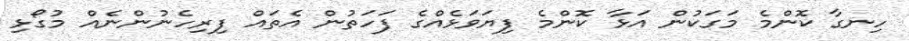
ހިނގާ ކޮންމެ މަގަކުން އަޅާ ކޮންމެ ފިޔަވަޅެއްގެ ފަހަތުން އެތައް ފިރިހެނުންނެއް މުގޯޅި